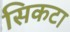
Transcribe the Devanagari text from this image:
सिकटा